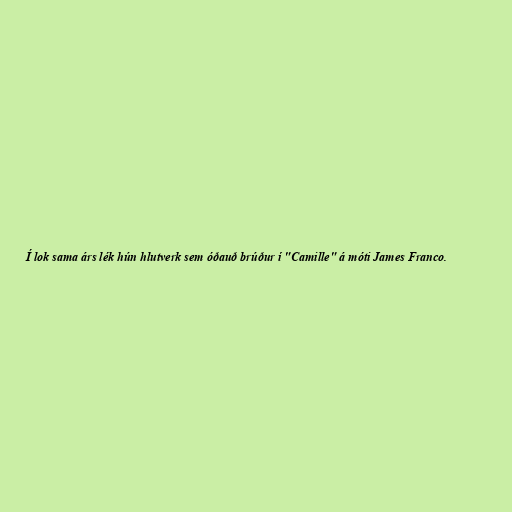
Í lok sama árs lék hún hlutverk sem óðauð brúður í "Camille" á móti James Franco.